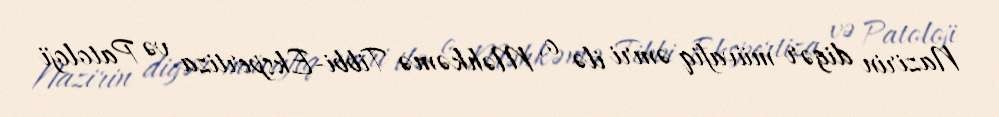
Nazirin digər müvafiq əmri ilə o, Məhkəmə Tibbi-Ekspertiza və Patoloji